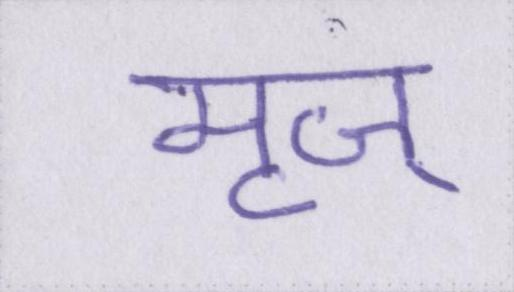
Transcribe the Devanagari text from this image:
मृज्